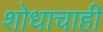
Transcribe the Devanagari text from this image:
शोधाचाही